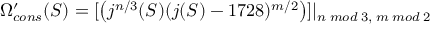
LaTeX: \Omega _ { c o n s } ^ { \prime } ( S ) = [ \left( j ^ { n / 3 } ( S ) ( j ( S ) - 1 7 2 8 ) ^ { m / 2 } \right) ] | _ { n \; m o d \; 3 , \; m \; m o d \; 2 }